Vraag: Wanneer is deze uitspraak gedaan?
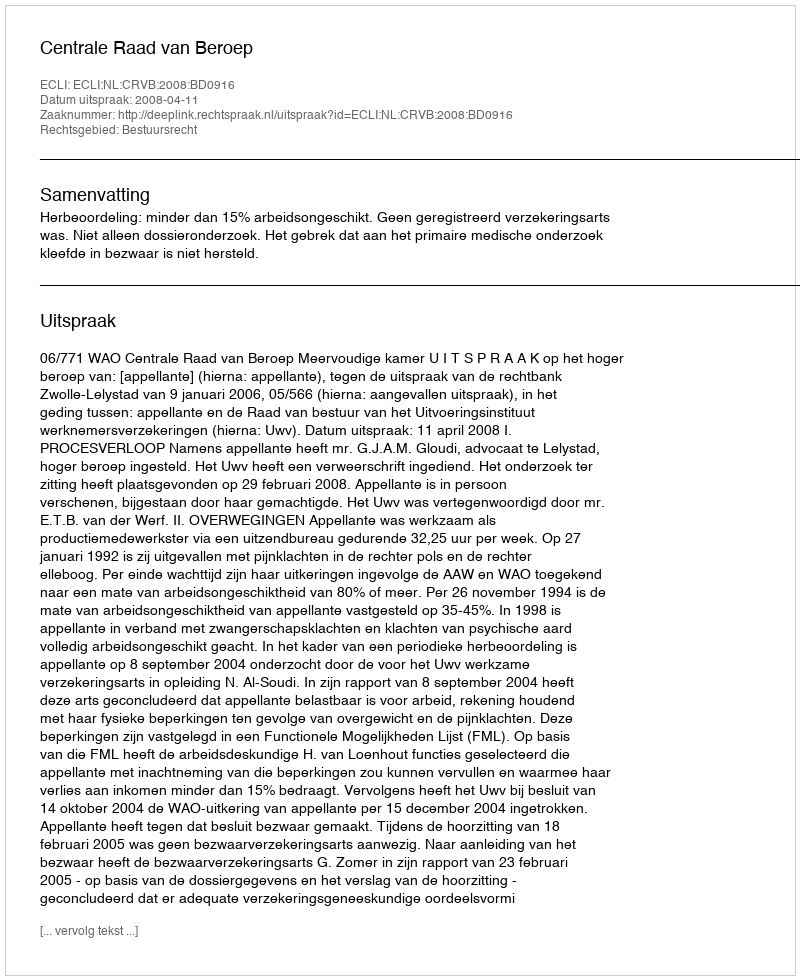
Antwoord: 2008-04-11